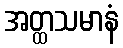
အတ္ထသမာနံ